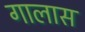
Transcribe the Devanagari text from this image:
गालास